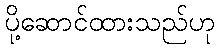
ပို့ဆောင်ထားသည်ဟု